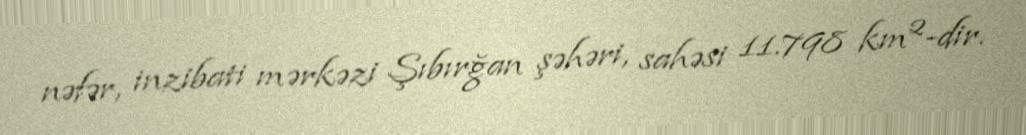
nəfər, inzibati mərkəzi Şıbırğan şəhəri, sahəsi 11.798 km²-dir.